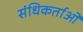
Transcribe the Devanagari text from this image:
संधिकर्ताओं